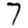
Digit: 7